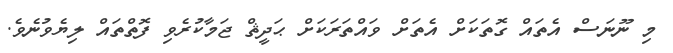
މި ނޫނަސް އެތައް ގޮތަކަށް އެތަށް ވައްތަރަކަށް ޙަދީޘް ޖަމާކުރެވި ފޮތްތައް ލިޔެވުނެވެ.